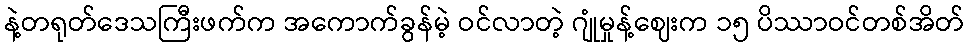
နဲ့တရုတ်ဒေသကြီးဖက်က အကောက်ခွန်မဲ့ ဝင်လာတဲ့ ဂျုံမှုန့်ဈေးက ၁၅ ပိဿာဝင်တစ်အိတ်